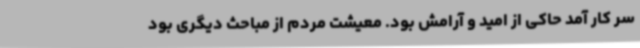
سر کار آمد حاکی از امید و آرامش بود. معیشت مردم از مباحث دیگری بود